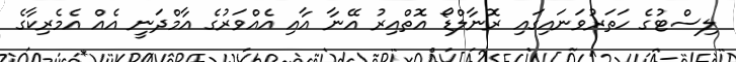
ލިސްޓުގެ ހަތަރުވަނައިގައި ރޮނާލްޑޯ އޮތްއިރު އޭނާ އާއި އެއްވަރުގެ އާމްދަނީ އެއް އެމެރިކާގެ